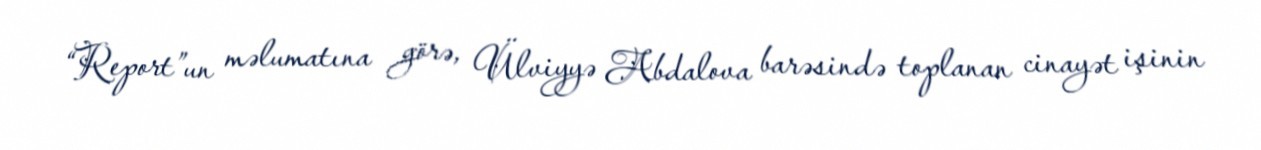
“Report”un məlumatına görə, Ülviyyə Abdalova barəsində toplanan cinayət işinin